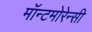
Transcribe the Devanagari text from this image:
मॉन्टमोरेन्सी